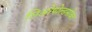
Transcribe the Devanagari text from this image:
लिओपोल्डसोबत